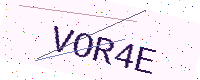
Text: VOR4E